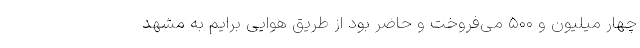
چهار میلیون و ۵۰۰ می‌فروخت و حاضر بود از طریق هوایی برایم به مشهد